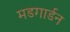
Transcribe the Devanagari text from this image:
मडगार्डन